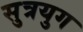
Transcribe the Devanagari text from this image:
सुत्रयुग